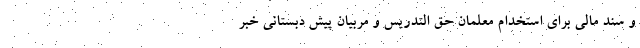
و سند مالی برای استخدام معلمان حق التدریس و مربیان پیش دبستانی خبر